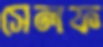
সেলফ